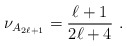
\begin{align*}\nu _{A_{2\ell +1}}=\frac{\ell +1}{2\ell +4}~. \end{align*}